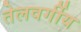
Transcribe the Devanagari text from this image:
तेलवर्गीय